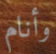
وأنام